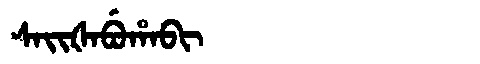
Manchu: ᠰᠠᡳᡧᠠᠪᡠᡥᠠᠪᡳ
Romanization: SAIŠABUHABI